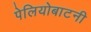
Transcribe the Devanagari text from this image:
पेलियोबाटनी